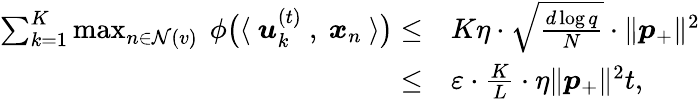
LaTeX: \begin{array}{rl}{\sum_{k=1}^{K}\operatorname*{max}_{n\in\mathcal{N}(v)}~\phi\big(\langle~{\boldsymbol u}_{k}^{(t)}~,~{\boldsymbol x}_{n}~\rangle\big)\le}&{K\eta\cdot\sqrt{\frac{d\log q}{N}}\cdot\| {\boldsymbol p}_{+}\| ^{2}}\\ {\le}&{\varepsilon\cdot\frac{K}{L}\cdot\eta\| {\boldsymbol p}_{+}\| ^{2}t,}\end{array}